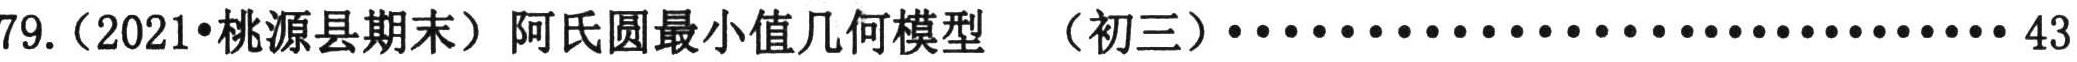
79.（2021•桃源县期末）阿氏圆最小值几何模型 （初三）····································43